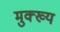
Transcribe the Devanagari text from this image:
मुक्ख्य